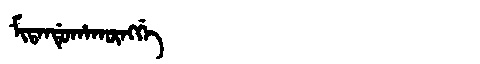
Manchu: ᠮᡳᡨᠠᠨᡩᡠᡥᠠᡴᡡᠩᡤᡝ
Romanization: MITANDUHAKŪNGGE